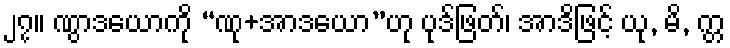
၂၇။ ဏွာဒယောကို “ဏု+အာဒယော”ဟု ပုဒ်ဖြတ်၊ အာဒိဖြင့် ယု, မိ, က္တ